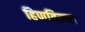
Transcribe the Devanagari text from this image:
हिणविल्या